V__Kingissepa_nim__kolhoos, lk 12
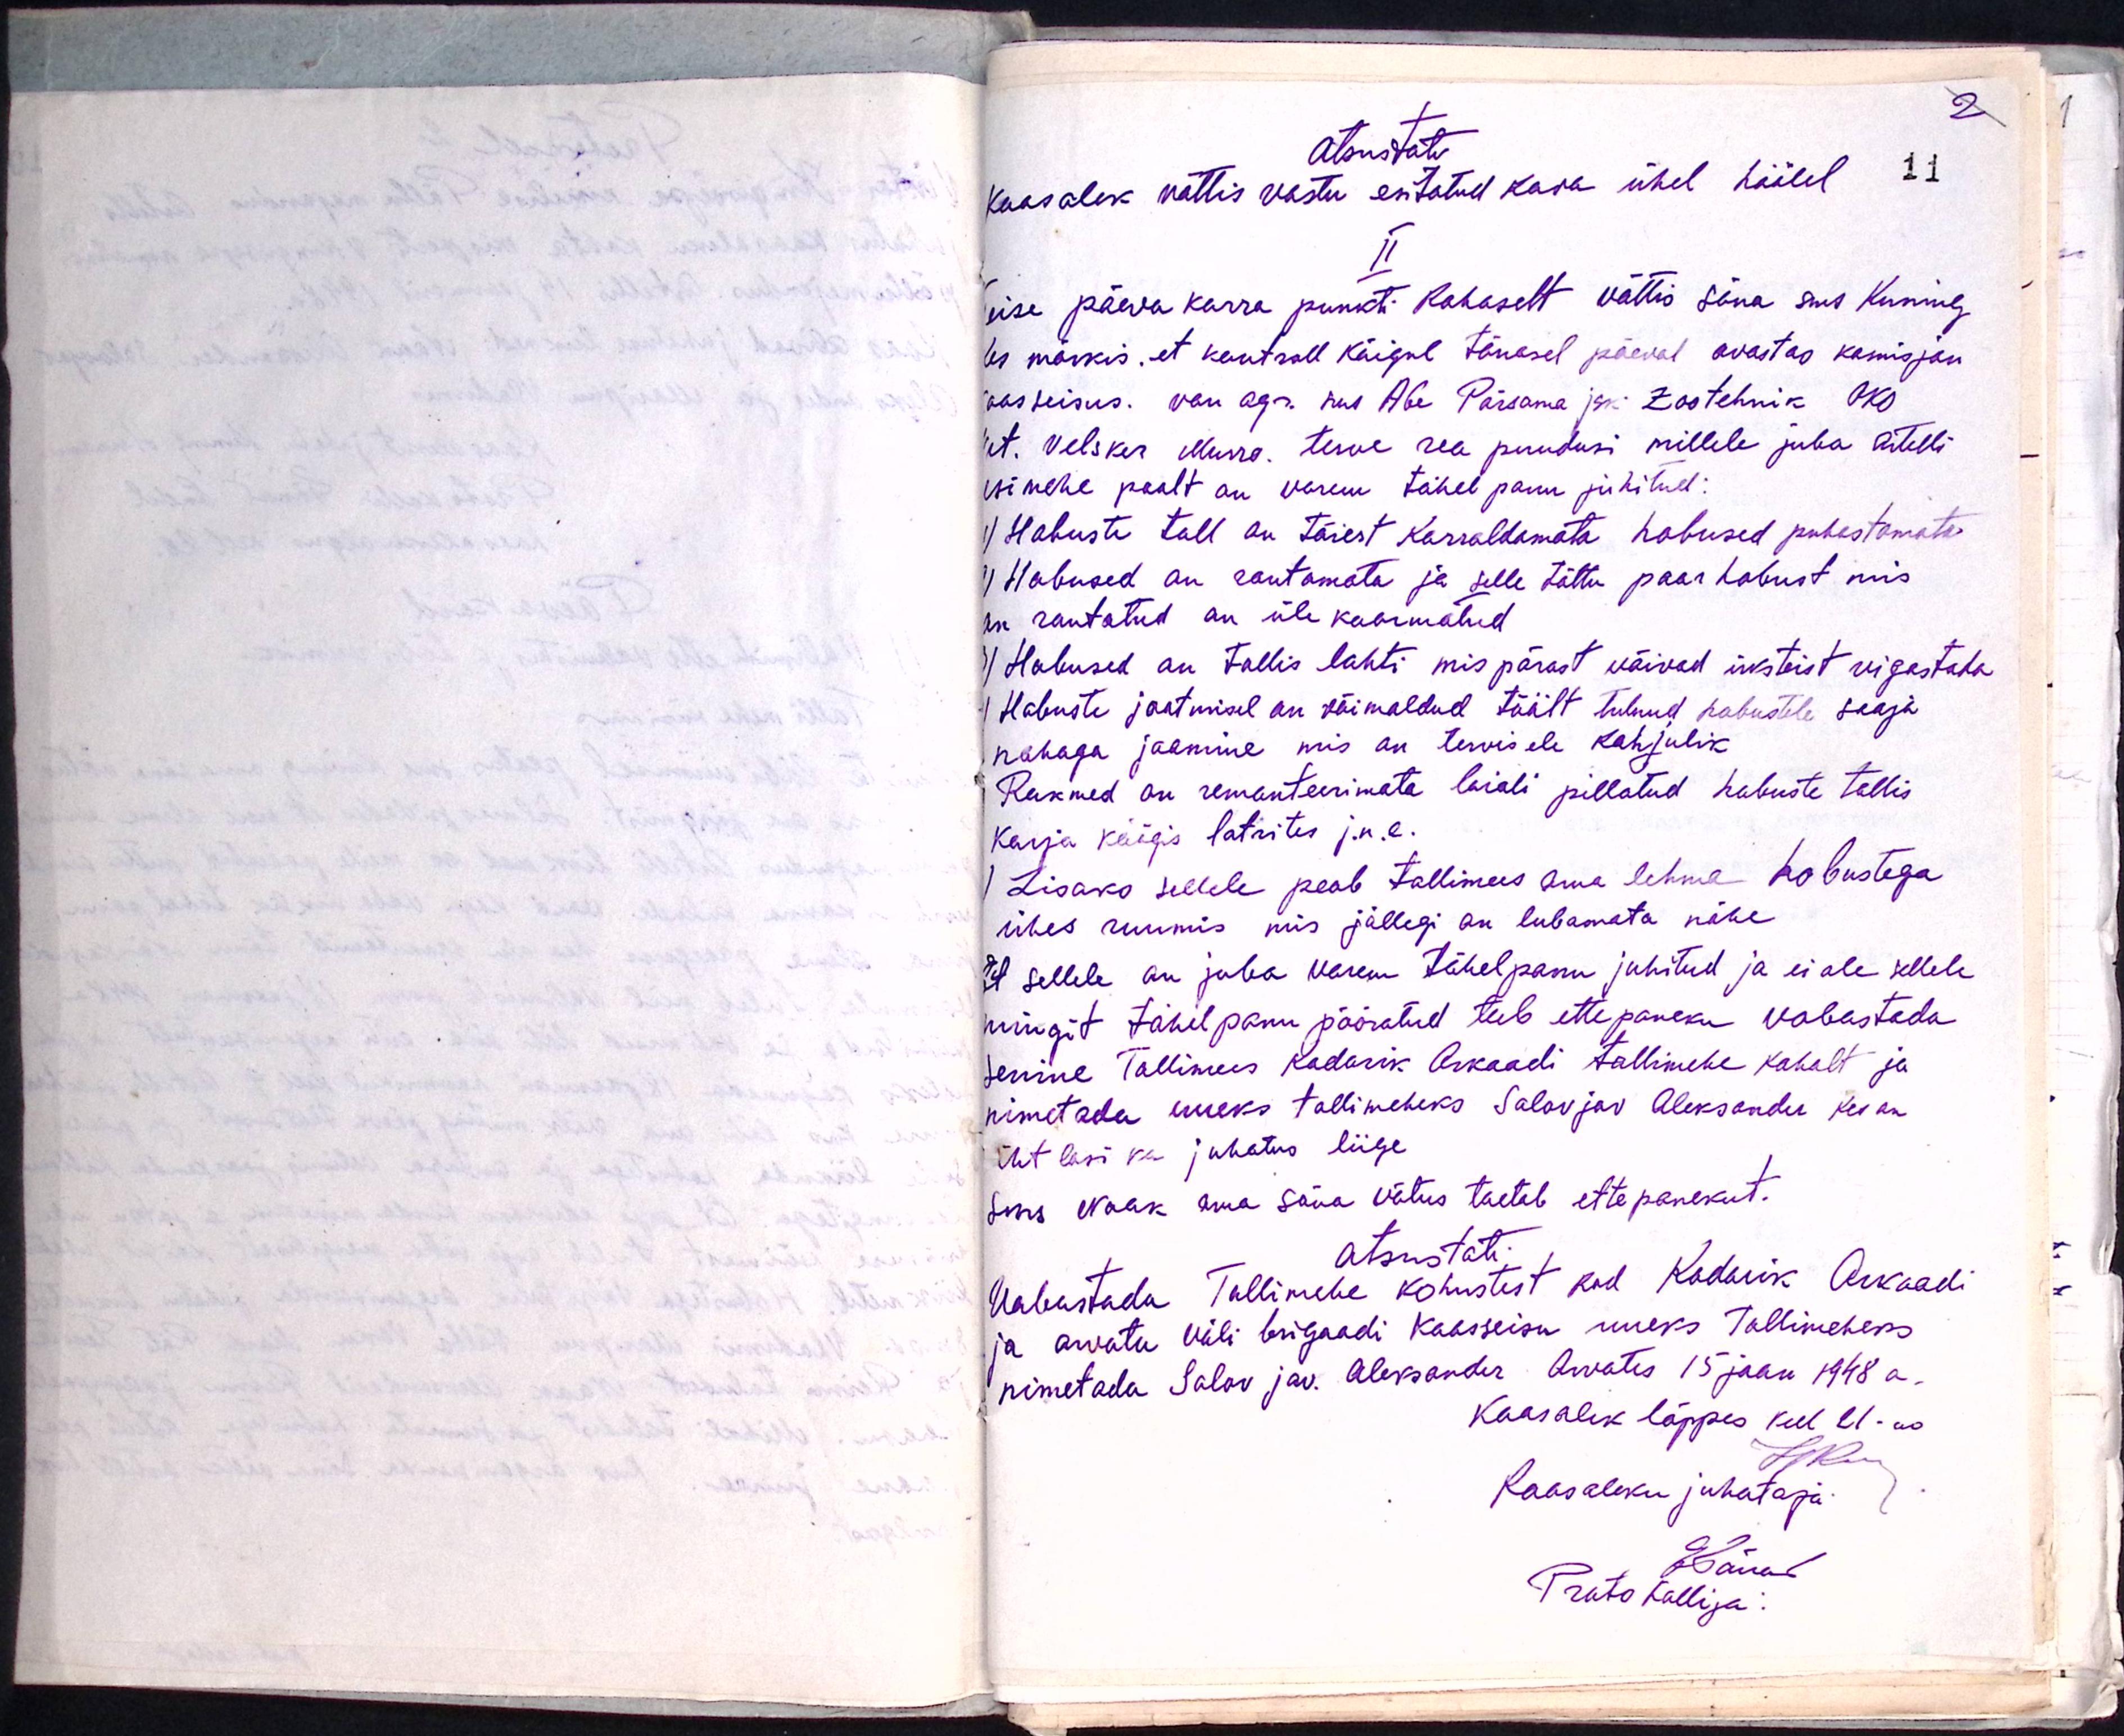
otsustati
koosolek võttis vastu esitatud kava ühel häälel
II
Teise päeva korra punkti kohaselt võttis sõna sms Kuning
kes märkis: et kontroll käigul tänasel päeval avastas komisjoni
kooseisus. van agr. sm Abe Pärsama ja Zootehnik OKO
kt. Velsker Murro. terve rea puudusi millele juba artelli
esimehe poolt on varem tähelepanu juhitud.
1) Hobuste tall on täiest korraldamata hobused puhastamata
2) Hobused on rautamata ja selle tõttu paar hobust mis
on rautatud on üle koormatud
3) Hobused on tallis lahti mis pärast võivad üksteist vigastada
4) Hobuste jootmisel on võimaldud töölt tulnud hobustele saaja
nahaga joomine mis on tervisele kahjulik
Rakmed on remonteerimata laiali pillatud hobuste tallis
karja kõigis latrites j.n.e.
Lisaks sellele peab tallimees oma lehma hobustega
ühes ruumis, mis jällegi on lubamata nähe
Et sellele on juba varem tähelepanu juhitud ja ei ole sellele
mingit tähelpanu pööratud teeb ettepaneku vabastada
senine Tallimees Kadarik Arkaadi tallimehe kohalt ja
nimetada uueks tallimeheks Salovjav Aleksander kes on
ühtlasi ka juhatus liige
Sms Naak oma sõna võtus toetab ettepanekut.
Otsustati.
Vabastada Tallimehe kohustest kod Kadarik Arkaadi
ja arvata väli brigaadi koosseisu uueks Tallimeheks
nimetada Salovjav. Aleksander Arvates 15 jaan 1948 a.
Koosolek lõppes kell 21.00
Koosoleku juhataja
Känad
Protokollija: